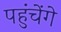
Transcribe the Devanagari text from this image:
पहुंचेंगे